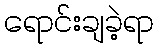
ရောင်းချခဲ့ရာ